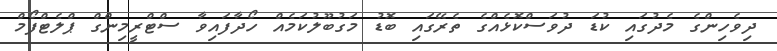
ދިވެހިންގެ މެދުގައި ކުޑަ ދުވަސްކޮޅެއްގެ ތެރޭގައި ބޮޑު މަގުބޫލުކަމެއް ހޯދާފައިވާ ސްޓްރީމިންގް ޕްލެޓްފޯމް